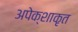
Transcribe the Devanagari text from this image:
अपेक्शाकृत